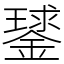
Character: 𨫣